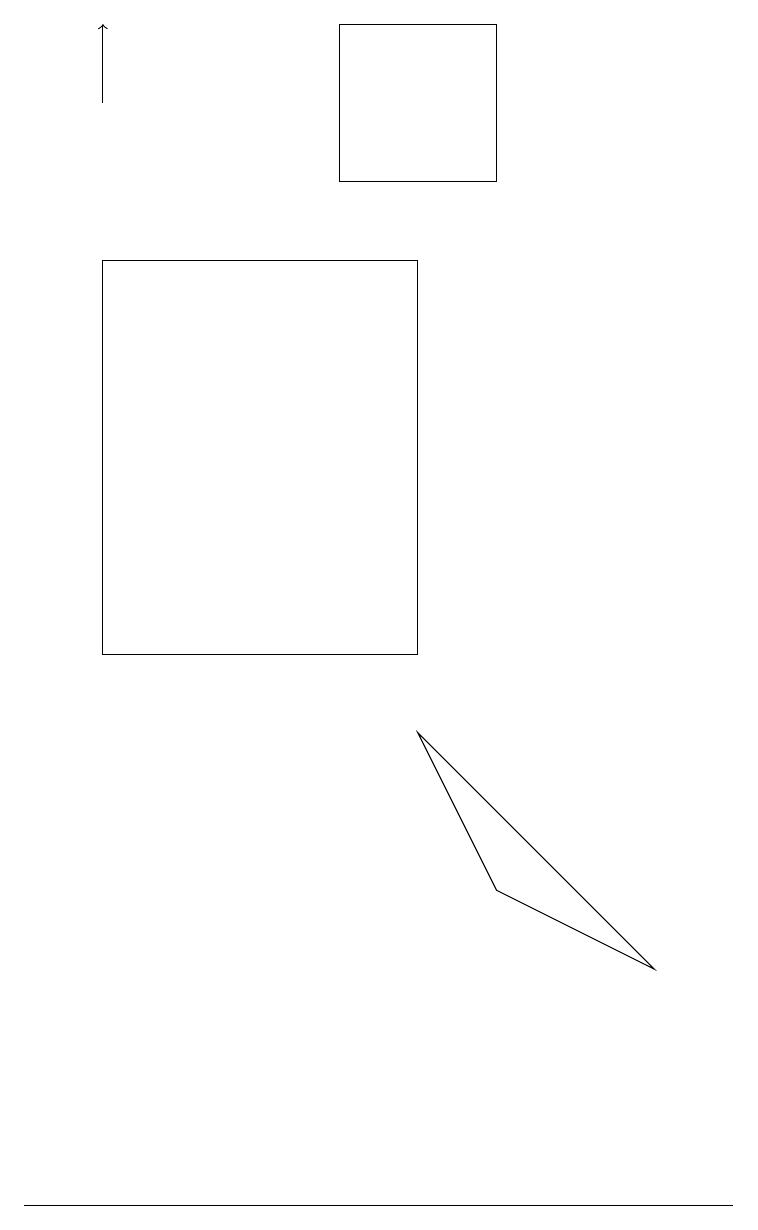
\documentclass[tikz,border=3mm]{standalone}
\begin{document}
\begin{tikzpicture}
\draw (4,18) rectangle (6,16);
\draw (5,15) rectangle (1,10);
\draw (6,7) -- (5,9) -- (8,6) -- cycle;
\draw (9,3) -- (8,3) -- (0,3) -- cycle;
\draw[->] (1,17) -- (1,18);
\draw (2,18) rectangle (2,18);
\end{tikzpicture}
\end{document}